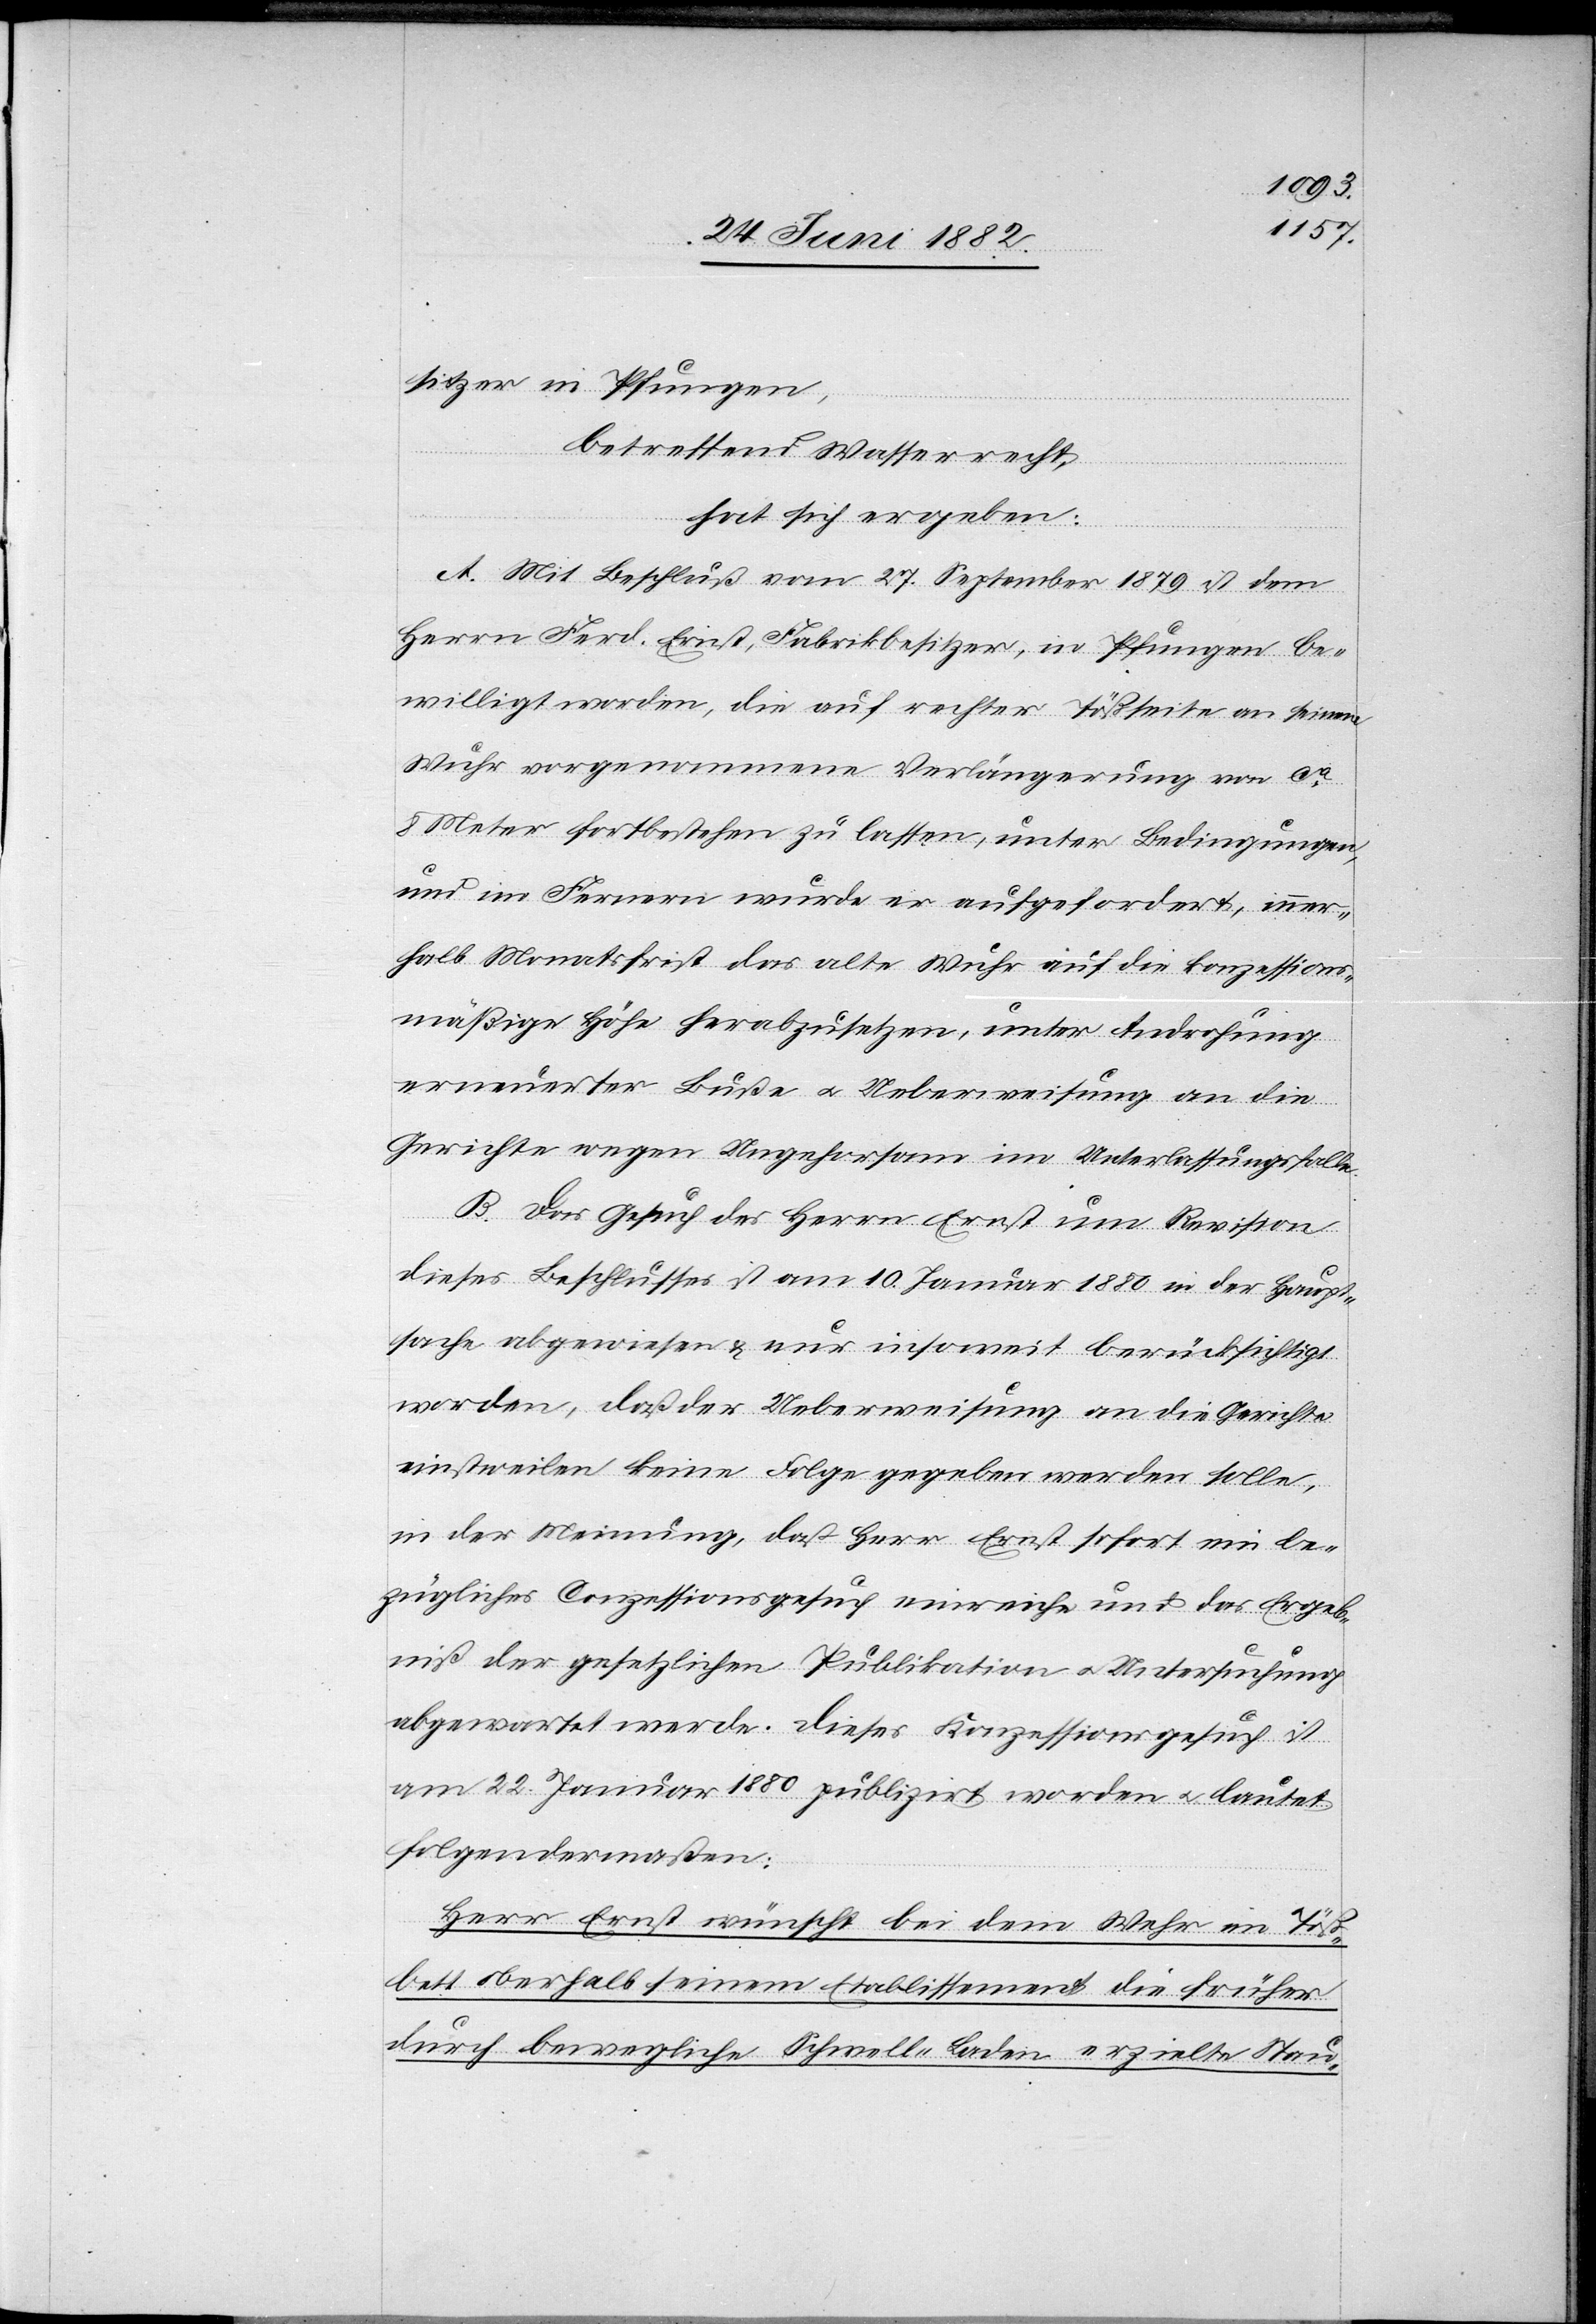
sitzer in Pfungen,
betreffend Wasserrecht,
hat sich ergeben:
A. Mit Beschluß vom 27. September 1879 ist dem
Herrn Ferd. Ernst, Fabrikbesitzer, in Pfungen be¬
willigt worden, die auf rechter Tößseite an seinem
Wuhr vorgenommene Verlängerung von ca
8 Meter fortbestehen zu lassen, unter Bedingungen,
und im Fernern wurde er aufgefordert, inner¬
halb Monatsfrist das alte Wuhr auf die konzessions¬
mäßige Höhe herabzusetzen, unter Androhung
erneuter Buße u. Ueberweisung an die
Gerichte wegen Ungehorsam im Unterlassungsfalle.
B. Das Gesuch des Herrn Ernst um Revision
dieses Beschlusses ist am 10. Januar 1880 in der Haupt¬
sache abgewiesen & nur insoweit berücksichtigt
worden, daß der Ueberweisung an die Gerichte
einstweilen keine Folge gegeben werden solle,
in der Meinung, daß Herr Ernst sofort ein be¬
zügliches Conzessionsgesuch einreiche und das Ergeb¬
niß der gesetzlichen Publikation u. Untersuchung
abgewartet werde. Dieses Konzessionsgesuch ist
am 22. Januar 1880 publizirt worden u. lautet
folgendermaßen:
Herr Ernst wünscht bei dem Wehr im Töß¬
bett oberhalb seinem Etablissement die früher
durch bewegliche Schwell-Laden erzielte Stau-